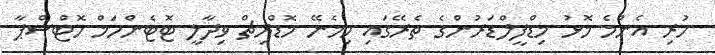
ހުރި އެންމެ މޮޅު މިޑްފީލްޑަރުންގެ ތެރޭގައި ހިމެނޭ މޮޑްރިޗް ވިދާލީ ޓޮޓެންހަމް ހޮޓްސްޕާ